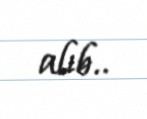
alıb..